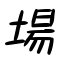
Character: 場